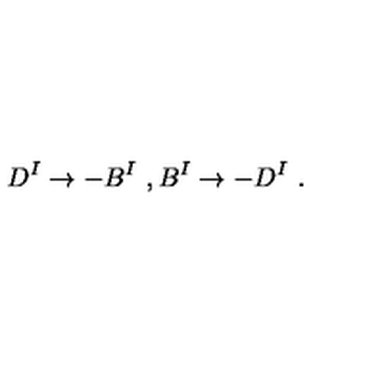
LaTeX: D ^ { I } \rightarrow - B ^ { I } \ , B ^ { I } \rightarrow - D ^ { I } \ .